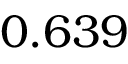
0 . 6 3 9 ^ { }